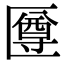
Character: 𠥙